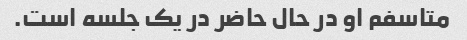
متاسفم او در حال حاضر در یک جلسه است.